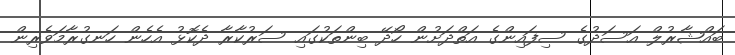
ބައްޝާރުލް އަސަދުގެ ސިފައިންގެ އަތްދަށުން ހޯދޭ ބިންތަކުގައި ސަރުކާރާ ދެކޮޅު އެހެން ހަނގުރާމަވެރިން